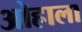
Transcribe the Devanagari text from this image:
ओहाला